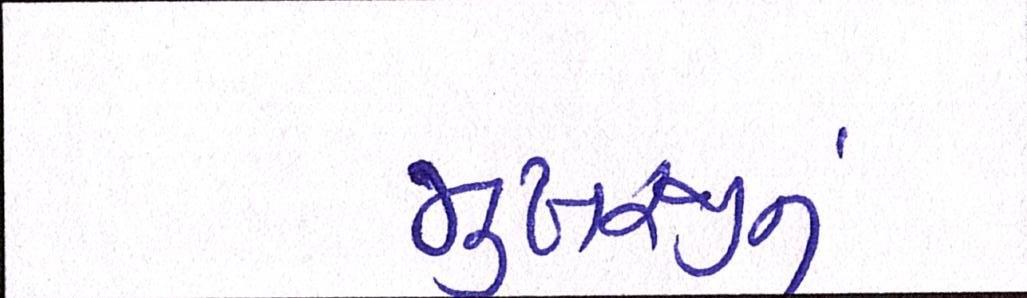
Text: મુખરજીનું